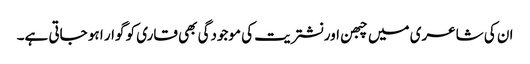
ان کی شاعری میں چبھن اور نشتریت کی موجودگی بھی قاری کو گوار ا ہو جاتی ہے۔